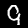
Digit: 9